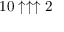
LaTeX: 1 0 \uparrow \uparrow \uparrow 2